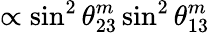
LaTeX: \propto\sin^{2}\theta_{23}^{m}\sin^{2}\theta_{13}^{m}